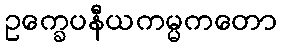
ဥက္ခေပနီယကမ္မကတော